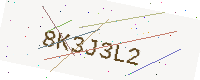
Text: 8K3J3L2